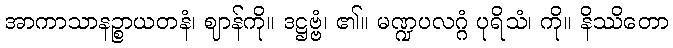
အာကာသာနဉ္စာယတနံ၊ ဈာန်ကို။ ဒဋ္ဌဗ္ဗံ၊ ၏။ မဏ္ဍပလဂ္ဂံ ပုရိသံ၊ ကို။ နိဿိတော